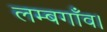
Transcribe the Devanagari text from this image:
लम्बगाँव।